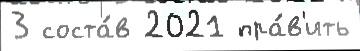
3 соста́в 2021 пра́в'ить